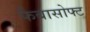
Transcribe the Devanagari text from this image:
फैबासोफ्ट